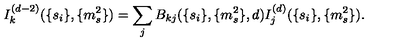
I _ { k } ^ { ( d - 2 ) } ( \{ s _ { i } \} , \{ m _ { s } ^ { 2 } \} ) = \sum _ { j } B _ { k j } ( \{ s _ { i } \} , \{ m _ { s } ^ { 2 } \} , d ) I _ { j } ^ { ( d ) } ( \{ s _ { i } \} , \{ m _ { s } ^ { 2 } \} ) .